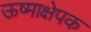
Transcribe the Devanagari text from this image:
ऊष्माक्षेपक